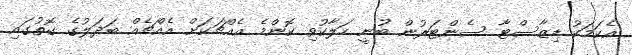
އެކަމަކު ޑިޒާސްޓާ ސެންޓަރުން ބުނީ ހަލާކުވި ކޮންމެ އެއްޗަކަށް އެއްޗެއް ބަދަލުގެ ގޮތުގައި